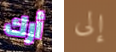
أرك إلى